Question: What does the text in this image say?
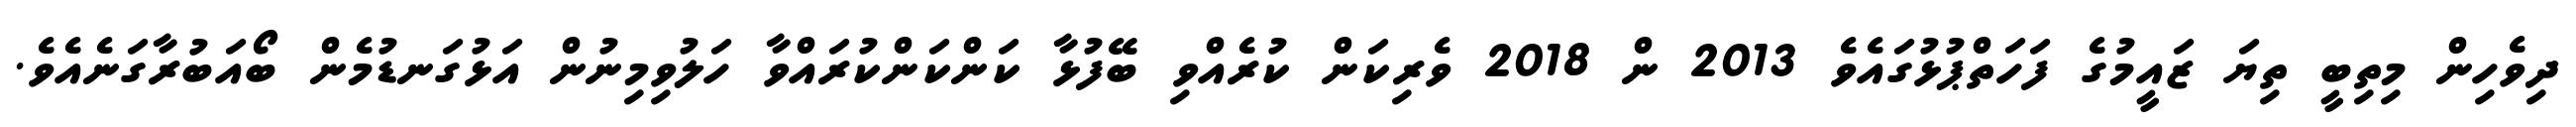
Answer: ދިވެހިން މިތިބީ ތިޔަ ޒައީމުގެ ފަހަތްޕުޅުގައެވެ 2013 ން 2018 ވެރިކަން ކުރެއްވި ބޭފުޅާ ކަންކަންކުރައްވާ ހަލުވިމިނުން އަޅުގަނޑުމެން ބޯއަބުރާގަނެއެވެ.